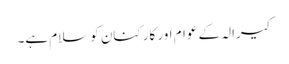
کیرالہ کے عوام اور کارکنان کو سلام ہے۔